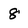
Character: 8